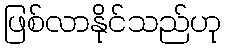
ဖြစ်လာနိုင်သည်ဟု